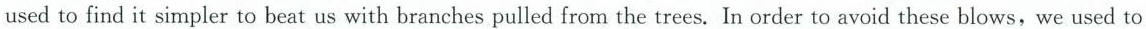
used to find it simpler to beat us with branches pulled from the trees. In order to avoid these blows, we used to